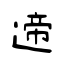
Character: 遆